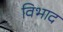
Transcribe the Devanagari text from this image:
विभाद